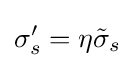
\sigma _{s}'=\eta {\tilde {\sigma }}_{s}